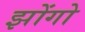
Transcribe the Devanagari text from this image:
झोंगो